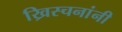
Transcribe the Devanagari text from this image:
ख्रिस्चनांनी